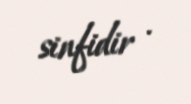
sinfidir .